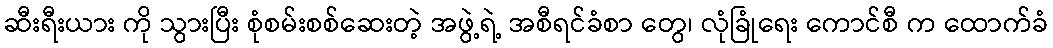
ဆီးရီးယား ကို သွားပြီး စုံစမ်းစစ်ဆေးတဲ့ အဖွဲ့ရဲ့ အစီရင်ခံစာ တွေ၊ လုံခြုံရေး ကောင်စီ က ထောက်ခံ